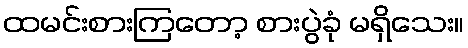
ထမင်းစားကြတော့ စားပွဲခုံ မရှိသေး။